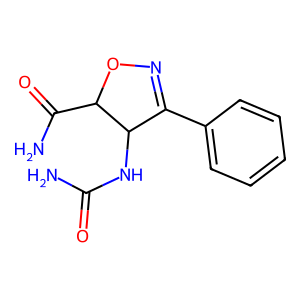
SMILES: NC(=O)NC1C(c2ccccc2)=NOC1C(N)=O
Inhibits HIV replication: No